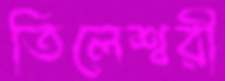
তিলেশ্বরী